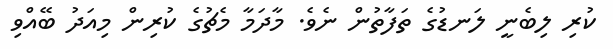
ކުރި ލިބެނީ ލަނޑުގެ ތަފާތުން ނެވެ. މާދަމާ މެޗުގެ ކުރިން މިއަދު ބޭއްވި